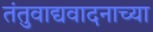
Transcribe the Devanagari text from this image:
तंतुवाद्यवादनाच्या